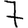
Digit: 7